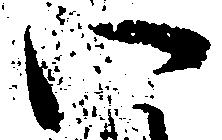
い